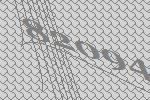
82094